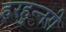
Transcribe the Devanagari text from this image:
हरहुन्‍नरी